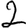
Digit: 2